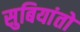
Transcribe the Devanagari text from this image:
सुबियांतो